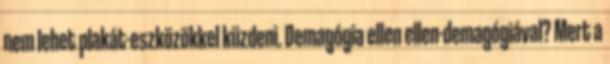
nem lehet plakát-eszközökkel küzdeni. Demagógia ellen ellen-demagógiával? Mert a